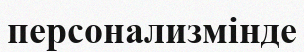
персонализмінде